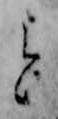
と